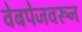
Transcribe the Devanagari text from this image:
वेबपेजवरून